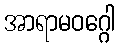
အာရာမဝဂ္ဂေါ